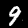
Label: 9